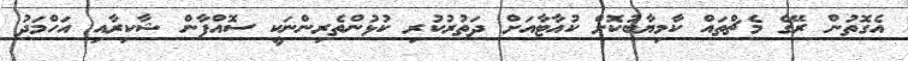
އެގޮތުން ރޭގެ މެޗްތައް ކާމިޔާބުކޮށް ކުއާޓާއަށް ދަތުރުކުރި ކުޅުންތެރިންނަކީ ސޮއްފާން ޝާކިރާއި އަހްމަދު